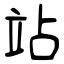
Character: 站